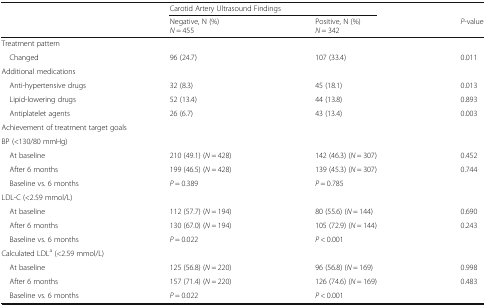
<table><thead><tr><td rowspan="2"></td><td colspan="2"><b>Carotid Artery Ultrasound Findings</b></td><td></td></tr><tr><td><b>Negative, N (%)<i>N</i> = 455</b></td><td><b>Positive, N (%)<i>N</i> = 342</b></td><td><b><i>P</i>-value</b></td></tr></thead><tbody><tr><td colspan="4">Treatment pattern</td></tr><tr><td> Changed</td><td>96 (24.7)</td><td>107 (33.4)</td><td>0.011</td></tr><tr><td colspan="4">Additional medications</td></tr><tr><td> Anti-hypertensive drugs</td><td>32 (8.3)</td><td>45 (18.1)</td><td>0.013</td></tr><tr><td> Lipid-lowering drugs</td><td>52 (13.4)</td><td>44 (13.8)</td><td>0.893</td></tr><tr><td> Antiplatelet agents</td><td>26 (6.7)</td><td>43 (13.4)</td><td>0.003</td></tr><tr><td colspan="4">Achievement of treatment target goals</td></tr><tr><td colspan="4">BP (&lt;130/80 mmHg)</td></tr><tr><td> At baseline</td><td>210 (49.1) (<i>N</i> = 428)</td><td>142 (46.3) (<i>N</i> = 307)</td><td>0.452</td></tr><tr><td> After 6 months</td><td>199 (46.5) (<i>N</i> = 428)</td><td>139 (45.3) (<i>N</i> = 307)</td><td>0.744</td></tr><tr><td> Baseline vs. 6 months</td><td><i>P</i> = 0.389</td><td><i>P</i> = 0.785</td><td></td></tr><tr><td colspan="4">LDL-C (&lt;2.59 mmol/L)</td></tr><tr><td> At baseline</td><td>112 (57.7) (<i>N</i> = 194)</td><td>80 (55.6) (<i>N</i> = 144)</td><td>0.690</td></tr><tr><td> After 6 months</td><td>130 (67.0) (<i>N</i> = 194)</td><td>105 (72.9) (<i>N</i> = 144)</td><td>0.243</td></tr><tr><td> Baseline vs. 6 months</td><td><i>P</i> = 0.022</td><td><i>P</i> &lt; 0.001</td><td></td></tr><tr><td colspan="4">Calculated LDL<sup>a</sup> (&lt;2.59 mmol/L)</td></tr><tr><td> At baseline</td><td>125 (56.8) (<i>N</i> = 220)</td><td>96 (56.8) (<i>N</i> = 169)</td><td>0.998</td></tr><tr><td> After 6 months</td><td>157 (71.4) (<i>N</i> = 220)</td><td>126 (74.6) (<i>N</i> = 169)</td><td>0.483</td></tr><tr><td> Baseline vs. 6 months</td><td><i>P</i> = 0.022</td><td><i>P</i> &lt; 0.001</td><td></td></tr></tbody></table>